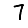
Digit: 7